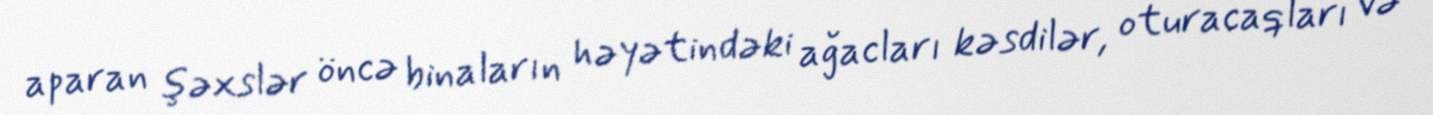
aparan şəxslər öncə binaların həyətindəki ağacları kəsdilər, oturacaqları və